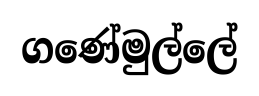
ගණේමුල්ලේ